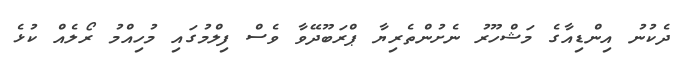
ދެކުނު އިންޑިއާގެ މަޝްހޫރު ނެށުންތެރިޔާ ޕްރަބޫދޭވާ ވެސް ފިލްމުގައި މުހިއްމު ރޯލެއް ކުޅެ